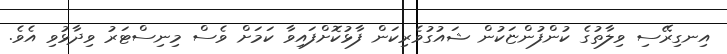
އިނގިރޭސި ވިލާތުގެ ކުންފުންޏަކުން ޝައުގުވެރިކަން ފާޅުކޮށްފައިވާ ކަމަށް ވެސް މިނިސްޓަރު ވިދާޅުވި އެވެ.